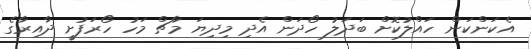
އެކަންކަން ހައްލުކޮށް ބަދަލު ހޯދަން އެދި މިދިޔަ މާޗް މަހު ހޯރަފުށީ ދާއިރާގެ